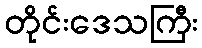
တိုင်းဒေသကြီး